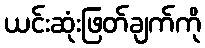
ယင်းဆုံးဖြတ်ချက်ကို